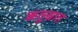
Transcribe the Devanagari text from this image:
ऋतुस्नात